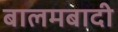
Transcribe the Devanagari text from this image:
बालमबादी